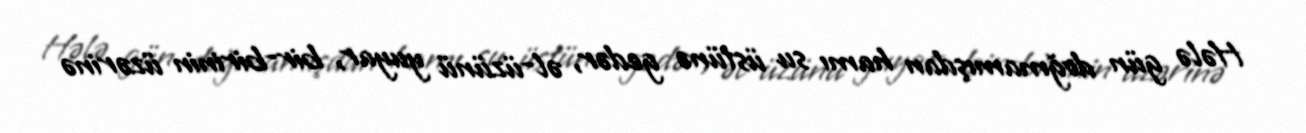
Hələ gün doğmamışdan hamı su üstünə gedər, əl-üzünü yuyar, bir-birinin üzərinə